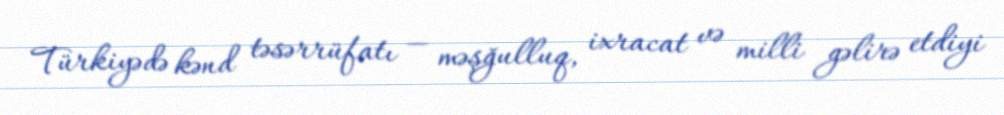
Türkiyədə kənd təsərrüfatı — məşğulluq, ixracat və milli gəlirə etdiyi